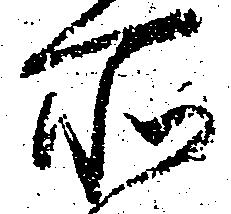
所